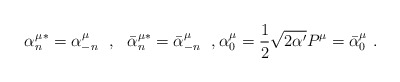
\begin{align*}{\alpha^\mu_n}^*=\alpha^\mu_{-n}\ \ ,\ \ {\bar{\alpha}^{\mu*}_n}=\bar{\alpha}^\mu_{-n}\ \ ,\alpha^\mu_0=\frac{1}{2}\sqrt{2\alpha'}P^\mu=\bar{\alpha}^\mu_0\ .\end{align*}